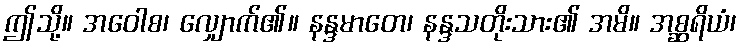
ဤသို့။ အဝေါစ၊ လျှောက်၏။ နန္ဒမာတေ၊ နန္ဒသတိုးသား၏ အမိ။ အစ္ဆရိယံ၊